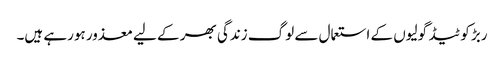
ربڑ کوٹیڈ گولیوں کے استعمال سے لوگ زندگی بھر کے لیے معذور ہورہے ہیں۔